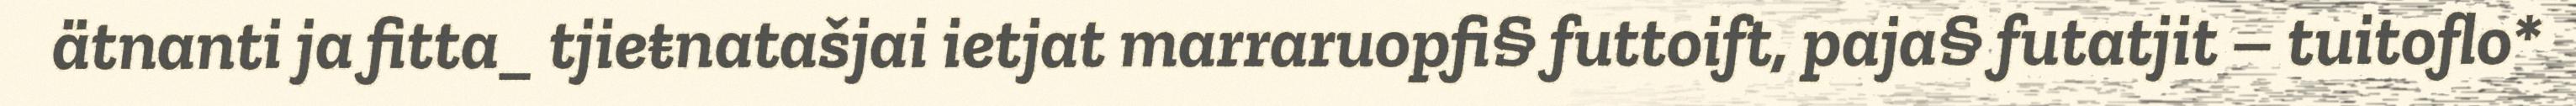
ätnanti ja fitta_ tjieŧnatašjai ietjat marraruopfi§ futtoift, paja§ futatjit – tuitoflo*